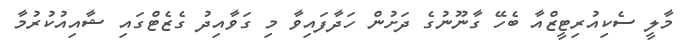
މާލީ ސެކިއުރިޓީޒްއާ ބެހޭ ގާނޫނުގެ ދަށުން ހަދާފައިވާ މި ގަވާއިދު ގެޒެޓްގައި ޝާއިއުކުރުމާ